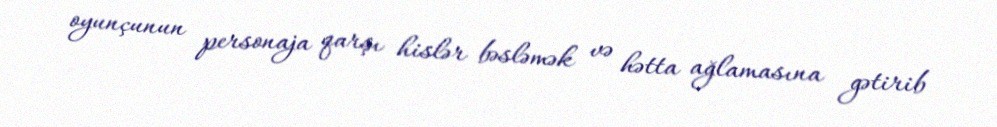
oyunçunun personaja qarşı hislər bəsləmək və hətta ağlamasına gətirib